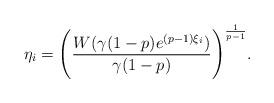
LaTeX: \begin{align*}\eta_i=\Bigg(\frac{W(\gamma(1-p)e^{(p-1)\xi_i})}{\gamma(1-p)}\Bigg)^{\frac{1}{p-1}}.\end{align*}